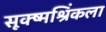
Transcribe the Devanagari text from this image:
सूक्ष्मश्रिंकला